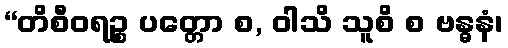
“တိစီဝရဉ္စ ပတ္တော စ, ဝါသိ သူစိ စ ဗန္ဓနံ၊